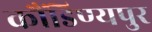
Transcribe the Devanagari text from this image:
कौंडिण्यपुर